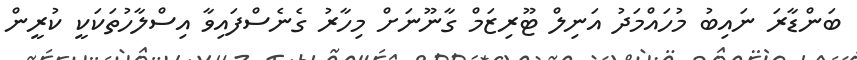
ބަންޑާރަ ނައިބު މުހައްމަދު އަނިލް ޓޫރިޒަމް ގާނޫނަށް މިހާރު ގެނެސްފައިވާ އިސްލާހުތަކަކީ ކުރީން